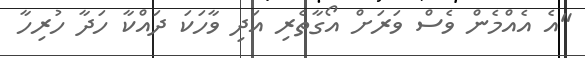
"އެ އެއްމެން ވެސް ވަރަށް އޯގާތެރި އަދި ވާހަކަ ދައްކާ ހަދާ ހުރިހާ